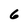
Character: 6